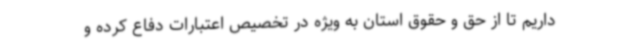
داریم تا از حق و حقوق استان به ویژه در تخصیص اعتبارات دفاع کرده و